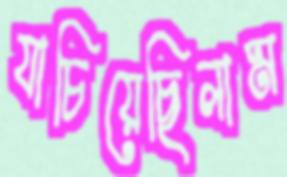
যাচিয়েছিলাম